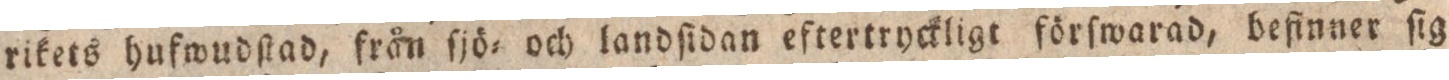
rikets hufwudſtad, från ſjö= och landſidan eftertryckligt förſwarad, befinner ſig